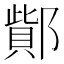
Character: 𨝳